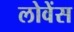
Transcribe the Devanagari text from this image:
लोवेंस